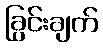
ခြွင်းချက်